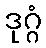
ဒုဂ္ဂံ